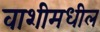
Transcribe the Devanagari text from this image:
वाशीमधील